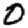
Digit: 0